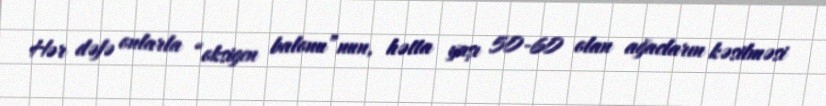
Hər dəfə onlarla “oksigen balonu”nun, hətta yaşı 50-60 olan ağacların kəsilməsi